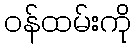
ဝန်ထမ်းကို